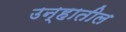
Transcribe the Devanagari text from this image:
उन्हातील